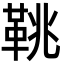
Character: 鞉